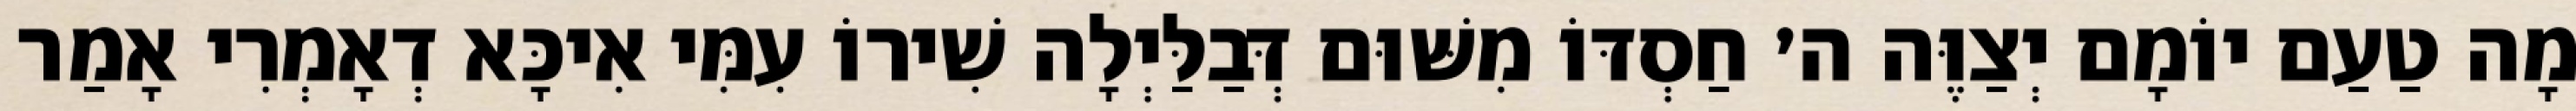
מָה טַעַם יוֹמָם יְצַוֶּה ה׳ חַסְדּוֹ מִשּׁוּם דְּבַלַּיְלָה שִׁירוֹ עִמִּי אִיכָּא דְאָמְרִי אָמַר